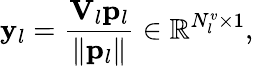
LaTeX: {\mathbf y}_{l}=\frac{{\mathbf V}_{l}{\mathbf p}_{l}}{\lVert{\mathbf p}_{l}\rVert}\in\mathbb{R}^{N_{l}^{v}\times 1},